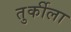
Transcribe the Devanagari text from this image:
तुर्कीला